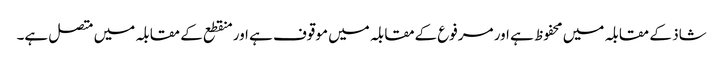
شاذ کے مقابلہ میں محفوظ ہے اور مرفوع کےمقابلہ میں موقوف ہے اور منقطع کے مقابلہ میں متصل ہے۔